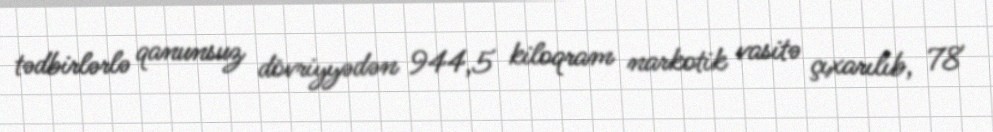
tədbirlərlə qanunsuz dövriyyədən 944,5 kiloqram narkotik vasitə çıxarılıb, 78